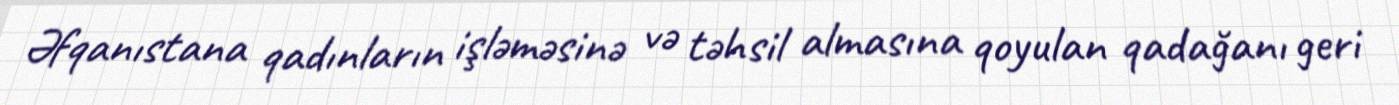
Əfqanıstana qadınların işləməsinə və təhsil almasına qoyulan qadağanı geri